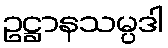
ဥဋ္ဌာနသမ္ပဒါ